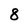
Character: 8